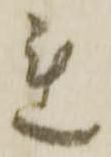
連